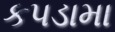
કપડામા